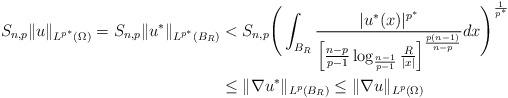
LaTeX: \begin{align*}\begin{aligned}S_{n,p}\|u\|_{L^{p^*}(\Omega)}=S_{n,p}\|u^{*}\|_{L^{p^*}(B_R)}&< S_{n,p} \Bigg( \int_{B_{R}}\frac{|u^{*}(x)|^{p^{*}}} { \left[ \frac{n-p}{p-1} \log_{{\frac{n-1}{p-1}}}\frac{R}{|x|} \right]^{\frac{p(n-1)}{n-p}} }dx \Bigg)^{\frac{1}{p^{*}}} \\&\le\|\nabla u^{*}\|_{L^{p}(B_R)}\le\|\nabla u\|_{L^{p}(\Omega)}\end{aligned}\end{align*}